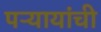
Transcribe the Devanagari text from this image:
पऱ्यायांची